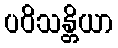
ပဝိသန္တိယာ